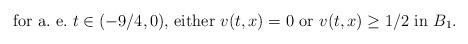
LaTeX: \begin{align*}\textrm{for a.\ e.\ $t\in (-9/4,0)$, either $v(t,x)=0$ or $v(t,x)\geq 1/2$ in $B_1$}.\end{align*}